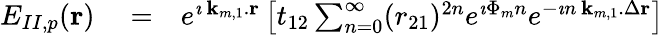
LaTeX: \begin{array}{rlr}{E_{II,p}({\mathbf r})}&{{}=}&{e^{\imath\, {\mathbf k_{m,1}}.{\mathbf r}}\left[t_{12}\sum_{n=0}^{\infty}(r_{21})^{2n}e^{\imath\Phi_{m}n}e^{-\imath n\, {\mathbf k_{m,1}}.\Delta{\mathbf r}}\right]}\end{array}